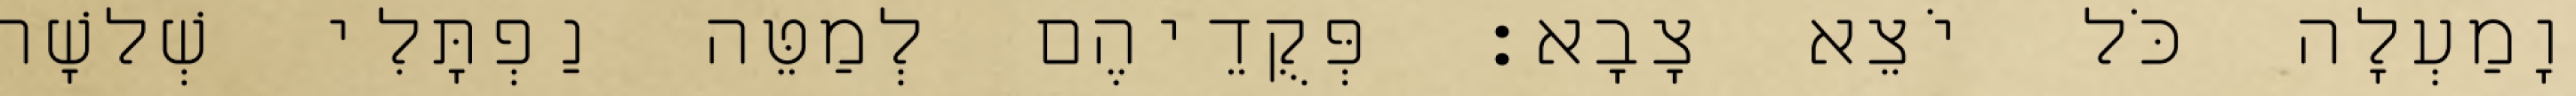
וָמַעְלָה כֹּל יֹצֵא צָבָא׃ פְּקֻדֵיהֶם לְמַטֵּה נַפְתָּלִי שְׁלשָׁה